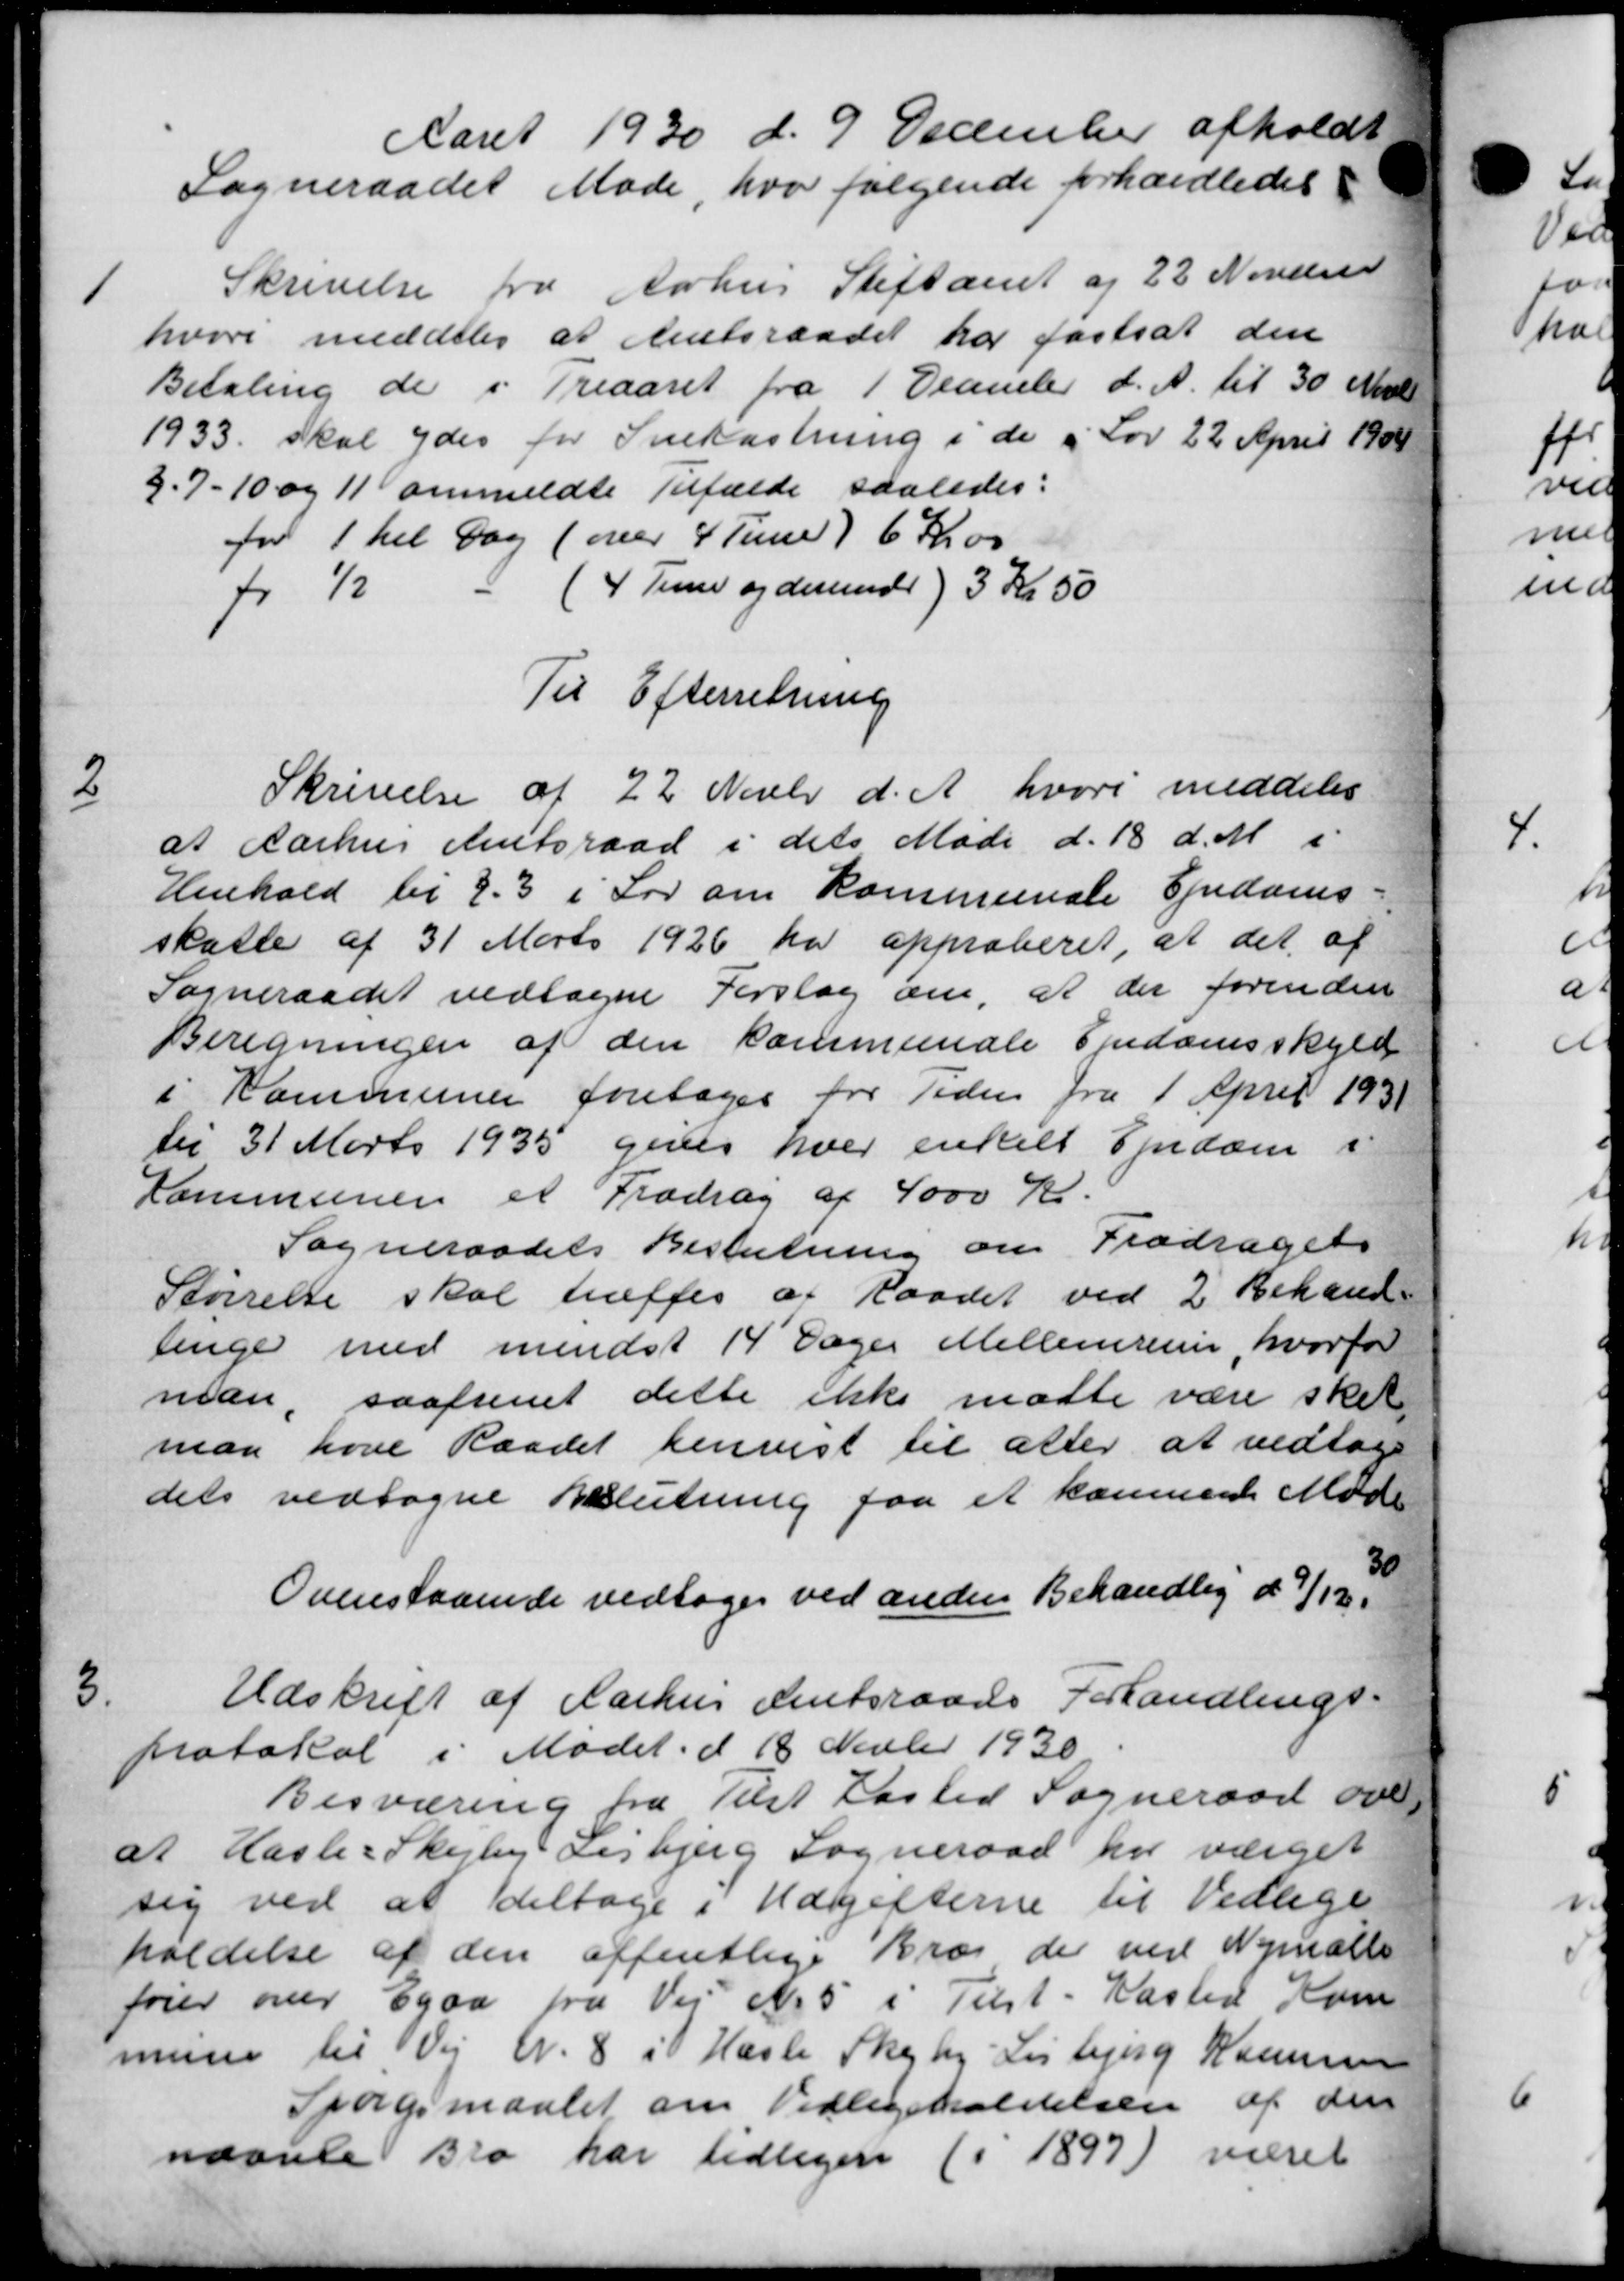
Transskription:
Aaret 1930 d. 9 December afholdt
Sogneraadet Møde, hvor følgende forhandledes
1
Skrivelse fra Aarhus Stiftamt og 22 Novem
hvori meddeles at Amtsraadet har fastsat den
Betaling de i Treaaret fra 1 December d. A. til 30 Novbr
1933 skal ydes for Snekastning i de i Lov 22 April 1908
3.7-10 og 11 anmeldte Tilfælde saaledes:
for 1 hel Dag (over 4 Time 6 Kr. 00
for 1/ (4 Time og derunder) 3 Kr 50
Til Efterretning
2
Skrivelse af 22 Novbr d. A., hvori meddeles
at Aarhus Amtsraad i dets Møde d. 18 d.M i
Henhold til 2. 3 i Lov om Kommunale Ejendoms-
skatte af 31 Marts 1926 har approberet, at det af
Sogneraadet vedtagne Forslag om, at der forinden
Beregningen af den kommunale Ejendomsskyld
i Kommunen foretages for Tiden fra 1 April 1931
til 31 Marts 1935 gives hver enkelt Ejendom i
Kommunen et Fradrag af 4000 Kr.
Sogneraadets Beslutning om Fradragets
Størrelse skal træffes at raadet ved 2' Behand-
linge med mindst 14 Dages Mellemmer, hvorfor
man, saafremt dette ikke mødte være sket
man have Raadet henvist til atter at vedtage
dets vedtagne Beslutning faa et kommende Møde
Ovenstaaende vedtoges ved anden Behandling d 9/12. 30
3
Udskrift af Aarhus Amtsraads Forhandlings-
protokol i Mødet d 18 Novbr 1930
Besværing fra Tilst Kasted Sogneraad over
at Hasle-Skejby Lisbjerg Sogneraad har værget
sig ved at deltage i Udgifterne til Vedlige
holdelse af den offentlige Bræj der ved Nymalts
fører over Egaa fra Vej No 5 i Tilst-Kasted Kom
mune til Vej N. 8 i Hasle Skejby-Lisbjerg Kommunen
Spørgsmaalet om Vedligeholdelsen af den
nævnte Bro har tidligere (i 1897) været